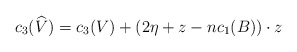
\begin{align*}c_{3}(\widehat{V})=c_{3}(V)+ (2\eta+z-nc_{1}(B))\cdot z\end{align*}